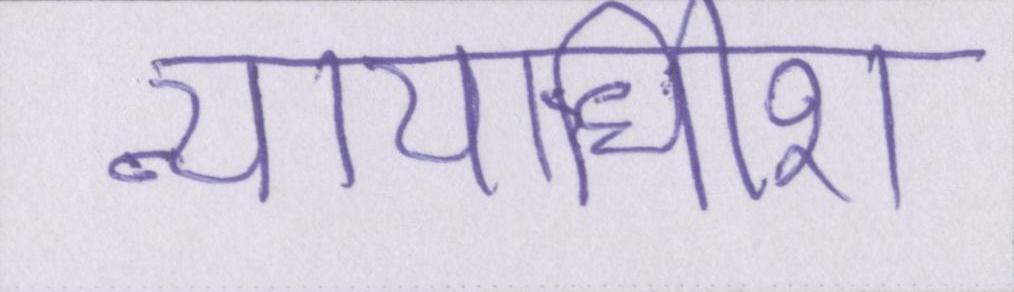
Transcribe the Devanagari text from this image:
न्यायाधीश